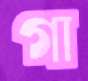
গা